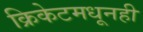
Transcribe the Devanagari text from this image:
क्रिकेटमधूनही